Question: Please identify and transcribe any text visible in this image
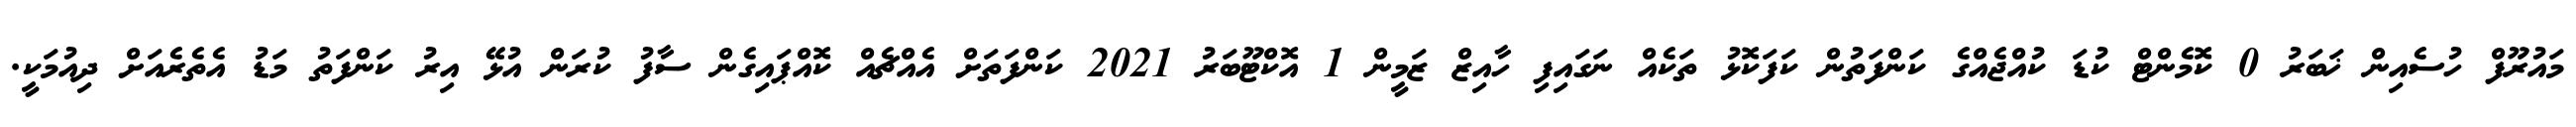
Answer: މައުރޫފް ހުސެއިން ޚަބަރު 0 ކޮމެންޓް ކުޑަ ކުއްޖެއްގެ ކަންފަތުން ކަފަކޮޅު ތަކެއް ނަގައިފި ހާއިޒް ޒަމީން 1 އޮކްޓޫބަރު 2021 ކަންފަތަށް އެއްޗެއް ކޮއްޕައިގެން ސާފު ކުރަން އުޅޭ އިރު ކަންފަތު މަޑު އެތެރެއަށް ދިއުމަކީ.